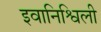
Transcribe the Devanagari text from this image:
इवानिश्विली